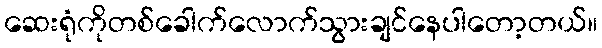
ဆေးရုံကိုတစ်ခေါက်လောက်သွားချင်နေပါတော့တယ်။